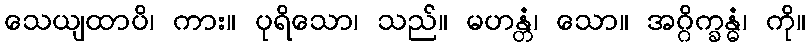
သေယျထာပိ၊ ကား။ ပုရိသော၊ သည်။ မဟန္တံ၊ သော။ အဂ္ဂိက္ခန္ဓံ၊ ကို။